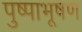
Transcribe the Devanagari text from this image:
पुष्पाभूषण